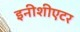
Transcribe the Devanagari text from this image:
इनीशीएटर